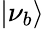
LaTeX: |\nu_{b}\rangle